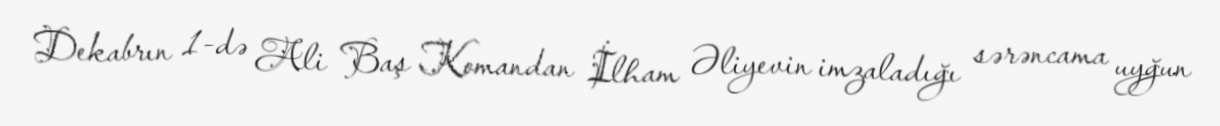
Dekabrın 1-də Ali Baş Komandan İlham Əliyevin imzaladığı sərəncama uyğun